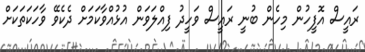
ރައީސް އޮފީހުން މިހެން ބުނީ ރައީސް ވަހީދު ފިއްލަވަން އުޅުއްވާކަމަށް ދެކެވޭ ވާހަކަތަކަށް